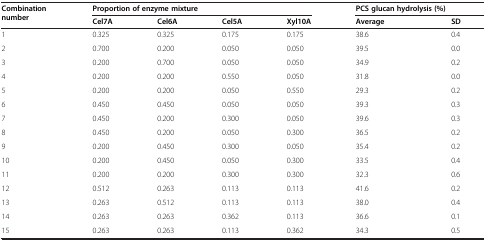
<table><thead><tr><td rowspan="2"><b>Combination number</b></td><td colspan="4"><b>Proportion of enzyme mixture</b></td><td colspan="2"><b>PCS glucan hydrolysis (%)</b></td></tr><tr><td><b>Cel7A</b></td><td><b>Cel6A</b></td><td><b>Cel5A</b></td><td><b>Xyl10A</b></td><td><b>Average</b></td><td><b>SD</b></td></tr></thead><tbody><tr><td>1</td><td>0.325</td><td>0.325</td><td>0.175</td><td>0.175</td><td>38.6</td><td>0.4</td></tr><tr><td>2</td><td>0.700</td><td>0.200</td><td>0.050</td><td>0.050</td><td>39.5</td><td>0.0</td></tr><tr><td>3</td><td>0.200</td><td>0.700</td><td>0.050</td><td>0.050</td><td>34.9</td><td>0.2</td></tr><tr><td>4</td><td>0.200</td><td>0.200</td><td>0.550</td><td>0.050</td><td>31.8</td><td>0.0</td></tr><tr><td>5</td><td>0.200</td><td>0.200</td><td>0.050</td><td>0.550</td><td>29.3</td><td>0.2</td></tr><tr><td>6</td><td>0.450</td><td>0.450</td><td>0.050</td><td>0.050</td><td>39.3</td><td>0.3</td></tr><tr><td>7</td><td>0.450</td><td>0.200</td><td>0.300</td><td>0.050</td><td>39.6</td><td>0.3</td></tr><tr><td>8</td><td>0.450</td><td>0.200</td><td>0.050</td><td>0.300</td><td>36.5</td><td>0.2</td></tr><tr><td>9</td><td>0.200</td><td>0.450</td><td>0.300</td><td>0.050</td><td>35.4</td><td>0.2</td></tr><tr><td>10</td><td>0.200</td><td>0.450</td><td>0.050</td><td>0.300</td><td>33.5</td><td>0.4</td></tr><tr><td>11</td><td>0.200</td><td>0.200</td><td>0.300</td><td>0.300</td><td>32.3</td><td>0.6</td></tr><tr><td>12</td><td>0.512</td><td>0.263</td><td>0.113</td><td>0.113</td><td>41.6</td><td>0.2</td></tr><tr><td>13</td><td>0.263</td><td>0.512</td><td>0.113</td><td>0.113</td><td>38.0</td><td>0.4</td></tr><tr><td>14</td><td>0.263</td><td>0.263</td><td>0.362</td><td>0.113</td><td>36.6</td><td>0.1</td></tr><tr><td>15</td><td>0.263</td><td>0.263</td><td>0.113</td><td>0.362</td><td>34.3</td><td>0.5</td></tr></tbody></table>